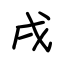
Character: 戌